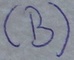
Text: (B)